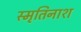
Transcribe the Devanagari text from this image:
स्मृतिनाश